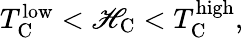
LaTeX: \begin{array}{r}{T_{\mathrm C}^{\textnormal{low}}<\mathscr{H}_{\mathrm C}<T_{\mathrm C}^{\textnormal{high}},}\end{array}